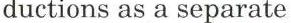
 ductions as a separate